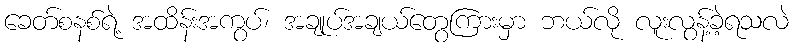
ခေတ်စနစ်ရဲ့ အထိန်းအကွပ်၊ အချုပ်အချယ်တွေကြားမှာ ဘယ်လို လူးလွန့်ခဲ့ရသလဲ